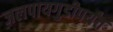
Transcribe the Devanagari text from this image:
जलपायगुडीपर्यंत